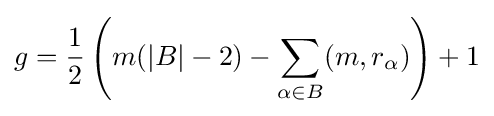
g={\frac {1}{2}}\left(m(|B|-2)-\sum _{\alpha \in B}(m,r_{\alpha })\right)+1